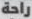
راحة